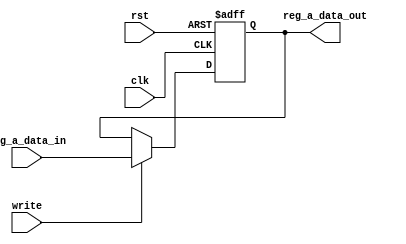
module RegisterA(
	input clk,rst,
	input [15:0] reg_a_data_in,
	input write,
	output [15:0] reg_a_data_out
);

	reg [15:0] reg_a;

	initial begin
		reg_a <= 16'b0;
	end

	always @(posedge clk or posedge rst) begin
		if (rst) begin
			reg_a <= 16'b0;
		end
		else if (write == 1) begin
			reg_a <= reg_a_data_in;
		end
	end

	assign reg_a_data_out = reg_a;

endmodule